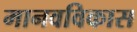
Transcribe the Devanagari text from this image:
मानवविकास